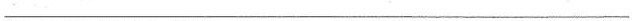
___